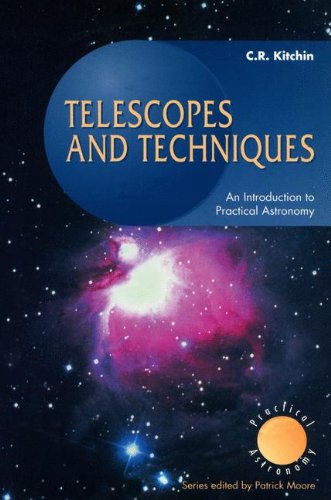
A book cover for Telescopes and Techniques: An Introduction to Practical Astronomy; Christopher R. Kitchin; Science & Math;